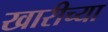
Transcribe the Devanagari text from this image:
खारीच्या